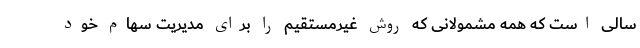
سالی است که همه مشمولانی که روش غیرمستقیم را برای مدیریت سهام خود